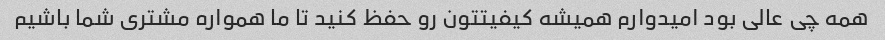
همه چی عالی بود امیدوارم همیشه کیفیتتون رو حفظ کنید تا ما همواره مشتری شما باشیم